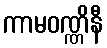
ကာမဝဏ္ဏိနီ